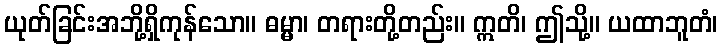
ယုတ်ခြင်းအဘို့ရှိကုန်သော။ ဓမ္မာ၊ တရားတို့တည်း။ ဣတိ၊ ဤသို့။ ယထာဘူတံ၊